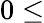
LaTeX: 0\leq